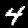
Label: 4